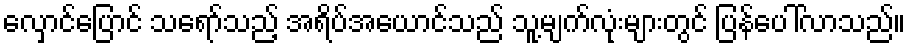
လှောင်ပြောင် သရော်သည့် အရိပ်အယောင်သည် သူ့မျက်လုံးများတွင် ပြန်ပေါ်လာသည်။